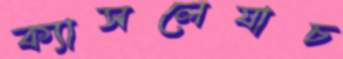
ক্যাসলেযাচ